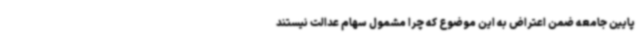
پایین جامعه ضمن اعتراض به این موضوع که چرا مشمول سهام عدالت نیستند